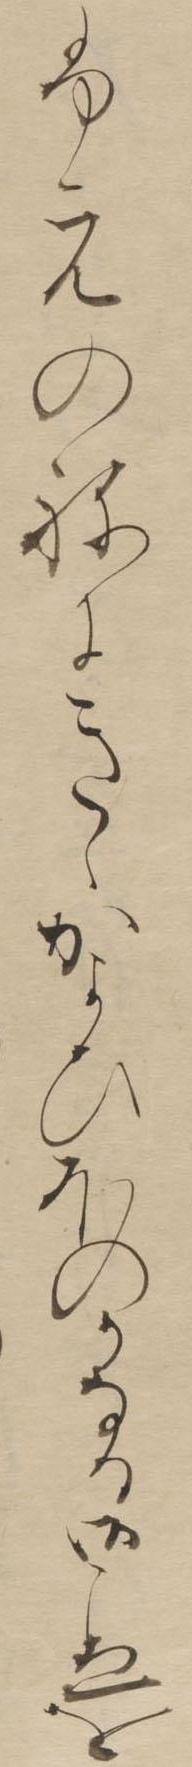
ふえのねにきゝかよひほのかなる御こゑを